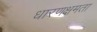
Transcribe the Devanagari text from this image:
धारणक्षमता